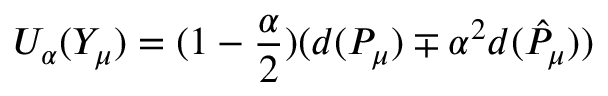
U _ { \alpha } ( Y _ { \mu } ) = ( 1 - \frac { \alpha } { 2 } ) ( d ( P _ { \mu } ) \mp \alpha ^ { 2 } d ( \hat { P } _ { \mu } ) )